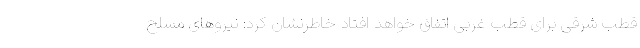
قطب شرقی برای قطب غربی اتفاق خواهد افتاد خاطرنشان کرد: نیروهای مسلح